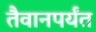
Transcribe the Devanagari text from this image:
तैवानपर्यंत